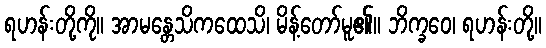
ရဟန်းတို့ကို။ အာမန္တေသိကထေသိ၊ မိန့်တော်မူ၏။ ဘိက္ခဝေ၊ ရဟန်းတို့။